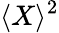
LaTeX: \langle X\rangle^{2}